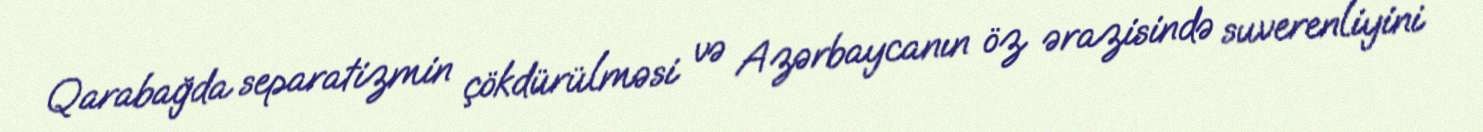
Qarabağda separatizmin çökdürülməsi və Azərbaycanın öz ərazisində suverenliyini